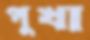
পুখা